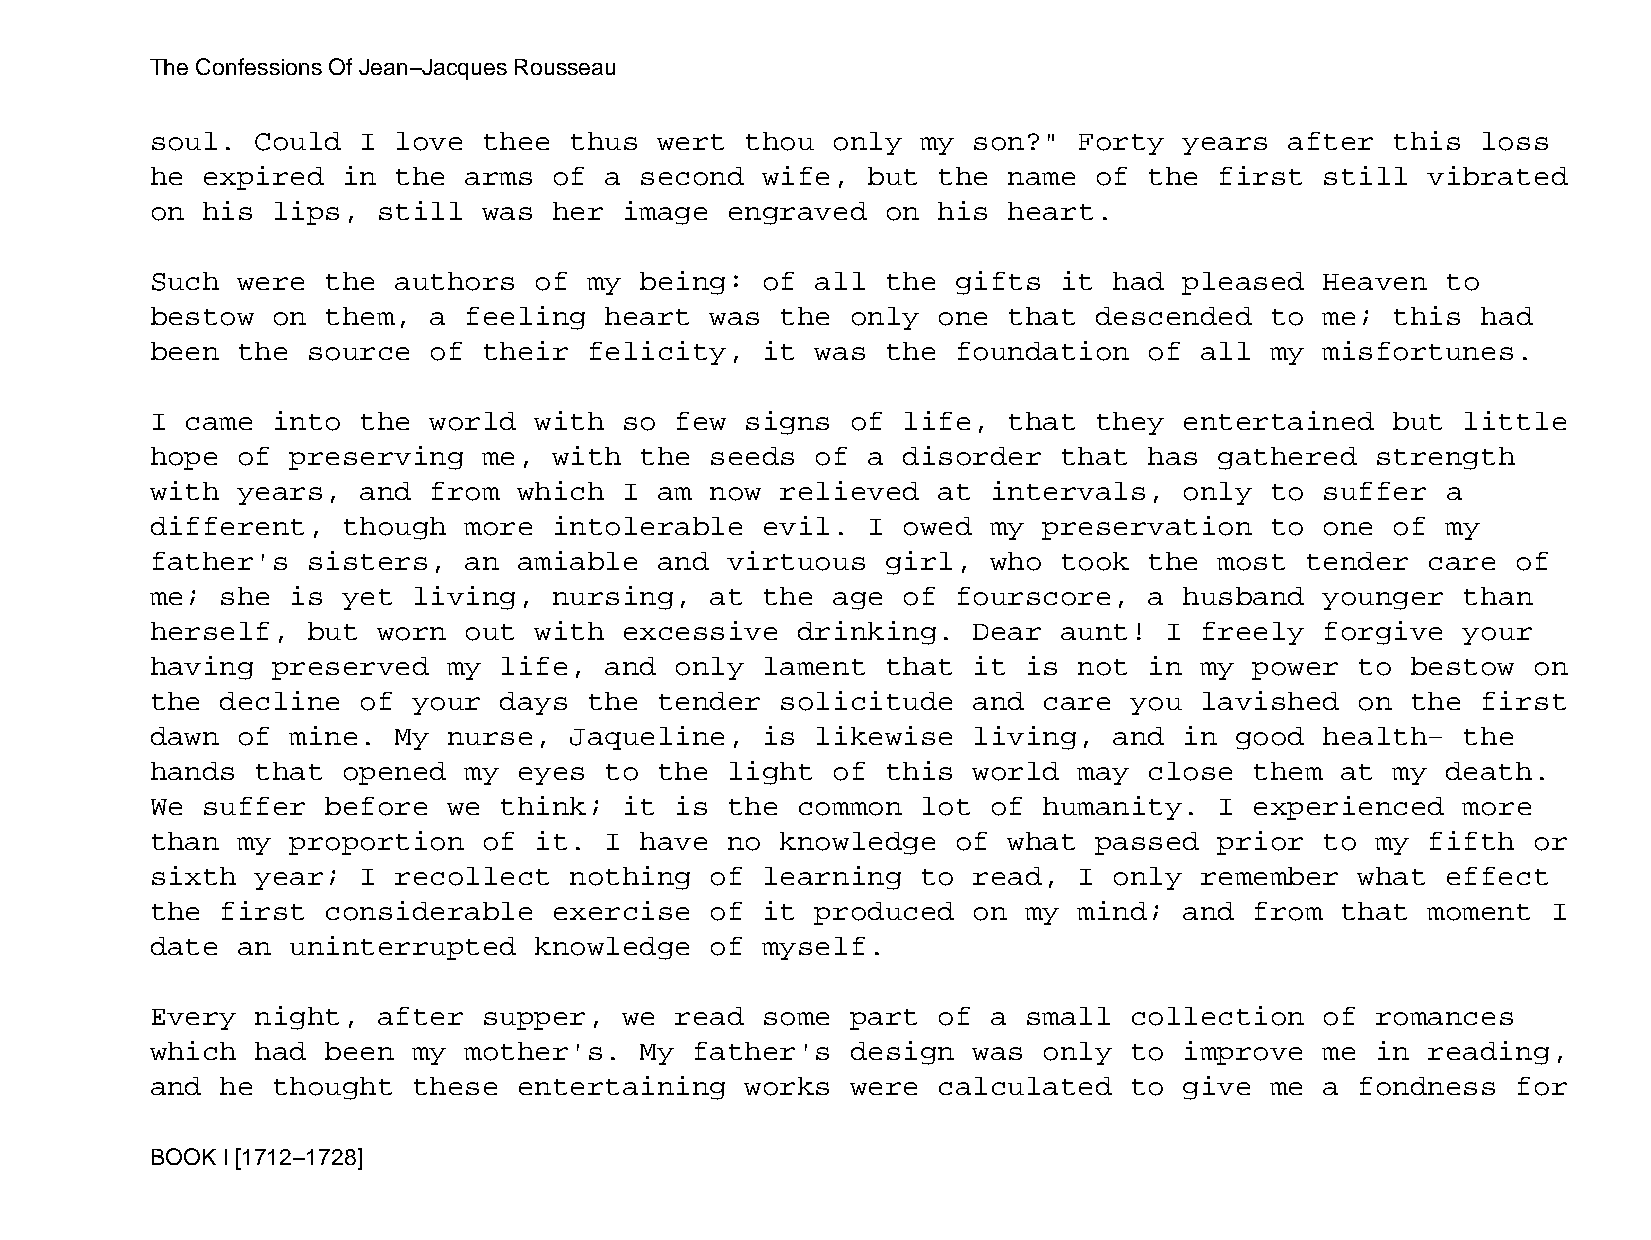
The Confessions Of Jean−Jacques Rousseau
 soul.  Could  I love  thee  thus  wert thou  only  my son?"  Forty  years  after  this  loss
 he expired   in the  arms  of a second  wife,  but  the  name of  the  first  still  vibrated
 on his  lips,  still  was  her image  engraved   on his  heart.
 Such  were  the authors  of  my being:  of  all  the gifts  it  had pleased   Heaven  to
 bestow  on  them, a  feeling  heart  was  the only  one  that descended   to  me; this  had
 been  the source  of  their  felicity,  it  was  the foundation   of all  my  misfortunes.
 I came  into  the world  with  so  few signs  of  life,  that they  entertained   but  little
 hope  of preserving   me,  with the  seeds  of a  disorder  that  has  gathered  strength
 with  years,  and from  which  I  am now  relieved  at  intervals,  only  to  suffer  a
 different,   though  more  intolerable  evil.  I  owed  my preservation   to  one of  my
 father's  sisters,   an amiable   and virtuous   girl,  who took  the  most tender   care of
 me;  she is  yet living,   nursing,  at the  age  of fourscore,   a husband   younger  than
 herself,  but  worn  out with  excessive   drinking.  Dear  aunt!  I freely   forgive  your
 having  preserved   my life,  and  only lament   that it  is not  in my  power  to bestow  on
 the  decline  of your  days  the  tender  solicitude  and  care  you lavished   on the  first
 dawn  of mine.  My  nurse,  Jaqueline,  is  likewise  living,   and in  good  health−  the
 hands  that  opened  my eyes  to  the light  of  this world  may  close  them  at my  death.
 We suffer   before  we think;  it  is the  common  lot  of humanity.   I experienced   more
 than  my proportion   of it.  I have  no  knowledge  of  what passed   prior  to my  fifth or
 sixth  year;  I recollect   nothing  of learning   to read,  I  only remember   what  effect
 the  first  considerable   exercise  of it  produced  on  my mind;  and  from  that  moment  I
 date  an uninterrupted   knowledge   of myself.
 Every  night,  after  supper,  we  read some  part  of  a small  collection   of romances
 which  had  been my  mother's.  My  father's  design  was  only  to improve   me in  reading,
 and  he thought  these  entertaining   works  were  calculated   to give  me  a fondness  for
 BOOK I [1712−1728]